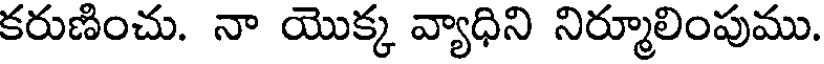
కరుణించు. నా యొక్క వ్యాధిని నిర్మూలింపుము.